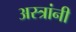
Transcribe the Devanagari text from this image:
अस्त्रांनी